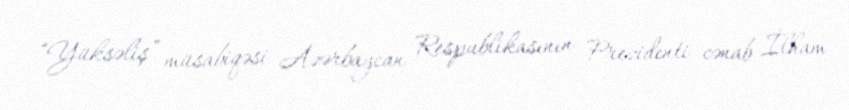
“Yüksəliş” müsabiqəsi Azərbaycan Respublikasının Prezidenti cənab İlham